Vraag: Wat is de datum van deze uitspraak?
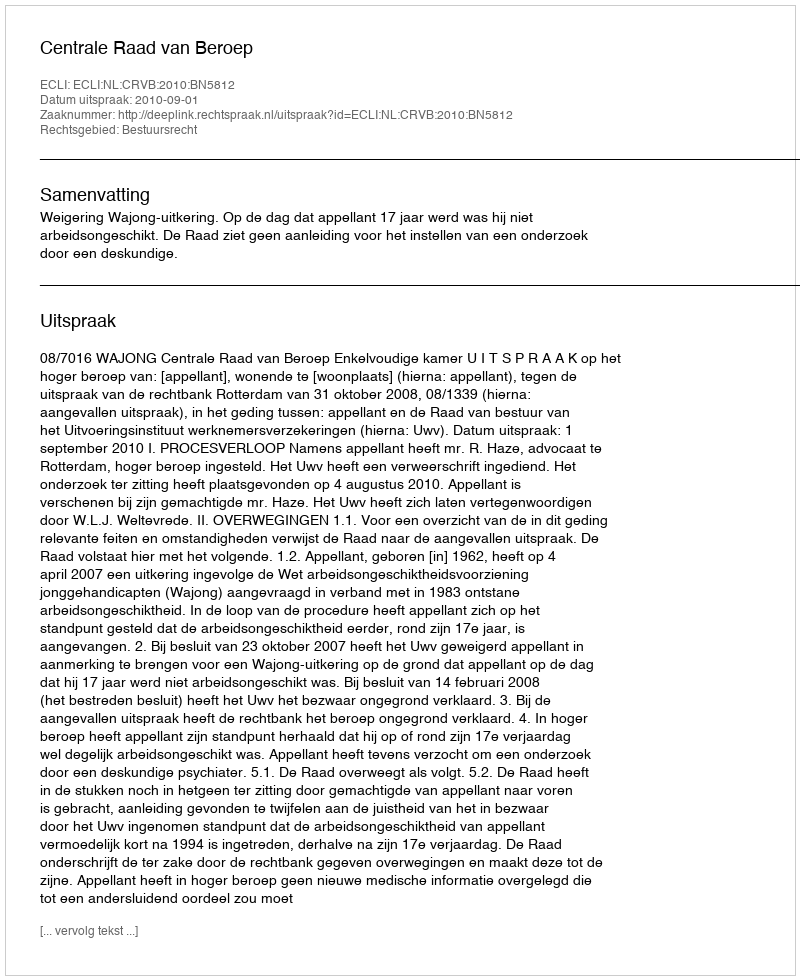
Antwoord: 2010-09-01